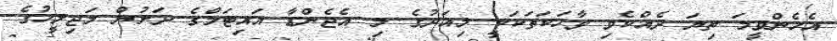
އެހެންވީމަ ތިޔަ ދެއްކެވި ވާހަކަތަކަކީ މިއަދުގެ މި އެޖެންޑާ އައިޓަމްގެ ދަށުން މަޖިލީހުގެ